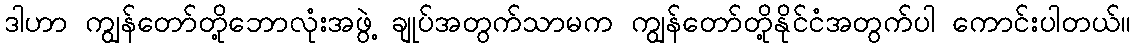
ဒါဟာ ကျွန်တော်တို့ဘောလုံးအဖွဲ့ ချုပ်အတွက်သာမက ကျွန်တော်တို့နိုင်ငံအတွက်ပါ ကောင်းပါတယ်။